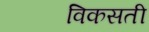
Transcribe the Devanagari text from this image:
विकसती